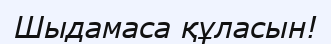
Шыдамаса құласын!